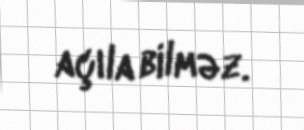
açıla bilməz.